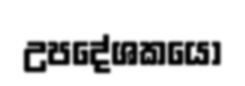
උපදේශකයෝ